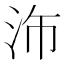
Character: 𪵴